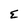
Character: E